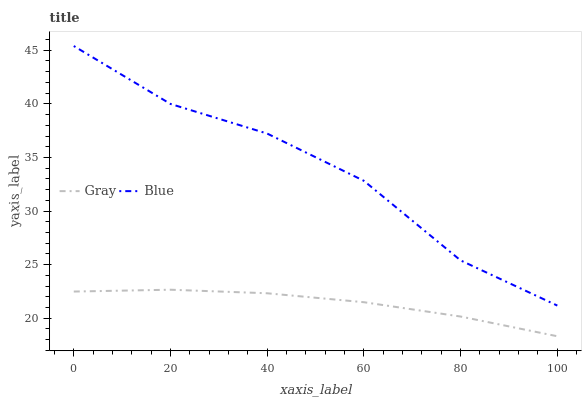
| xaxis_label | Gray | Blue |
 | --- | --- | --- |
 | 0 | 22.5 | 45.4 |
 | 20 | 22.7 | 40 |
 | 40 | 22.3 | 37.2 |
 | 60 | 21.5 | 32.8 |
 | 80 | 20.2 | 25.4 |
 | 100 | 18.3 | 21.2 |